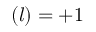
( l ) = + 1